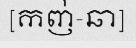
[កញ់-ឆា]